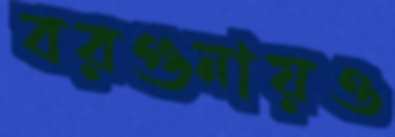
বরগুনায়ও